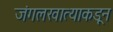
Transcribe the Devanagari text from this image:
जंगलखात्याकडून